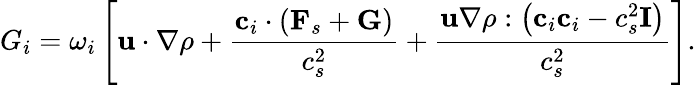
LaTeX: {G_{i}}={\omega_{i}}\left[{{\mathbf{u}}\cdot\nabla\rho+\frac{{{{\mathbf{c}}_{i}}\cdot\left({{{\mathbf{F}}_{s}}+{\mathbf{G}}}\right)}}{{c_{s}^{2}}}+\frac{{{\mathbf{u}}\nabla\rho:\left({{{\mathbf{c}}_{i}}{{\mathbf{c}}_{i}}-c_{s}^{2}{\mathbf{I}}}\right)}}{{c_{s}^{2}}}}\right].